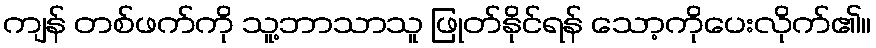
ကျန် တစ်ဖက်ကို သူ့ဘာသာသူ ဖြုတ်နိုင်ရန် သော့ကိုပေးလိုက်၏။